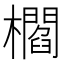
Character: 櫩